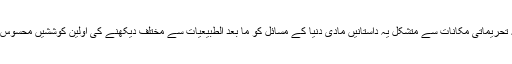
جگہ جگہ تحریماتی مکانات سے متشکل یہ داستانیں مادی دنیا کے مسائل کو ما بعد الطبیعیات سے مختلف دیکھنے کی اولین کوششیں محسوس ہوتی ہیں۔